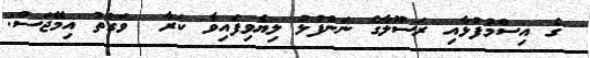
ގެ އިސްމުފުޅާއި ރަސޫލާގެ ނަންފުޅު ލިޔެވިފައިވާ ކަރާ  ވަގުތު އިމޭޖަސް: